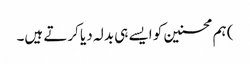
) ہم محسنین کو ایسے ہی بدلہ دیا کرتے ہیں۔